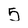
Character: 5